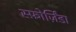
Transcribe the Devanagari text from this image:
स्फ़ोर्ज़िंडा